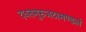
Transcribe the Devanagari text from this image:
दधतमुरुजटामण्डलं